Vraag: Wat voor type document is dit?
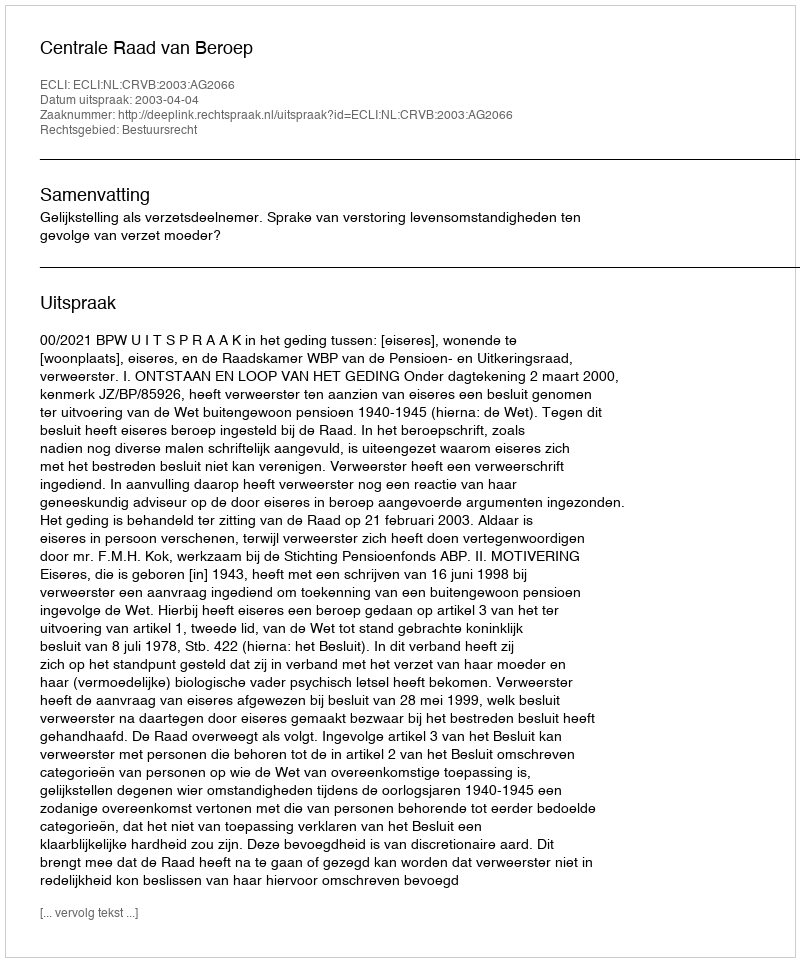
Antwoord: Uitspraak